Indian journal of veterinary science and animal husbandry - Volumes 18-21, 1948-1951
Year: 1948
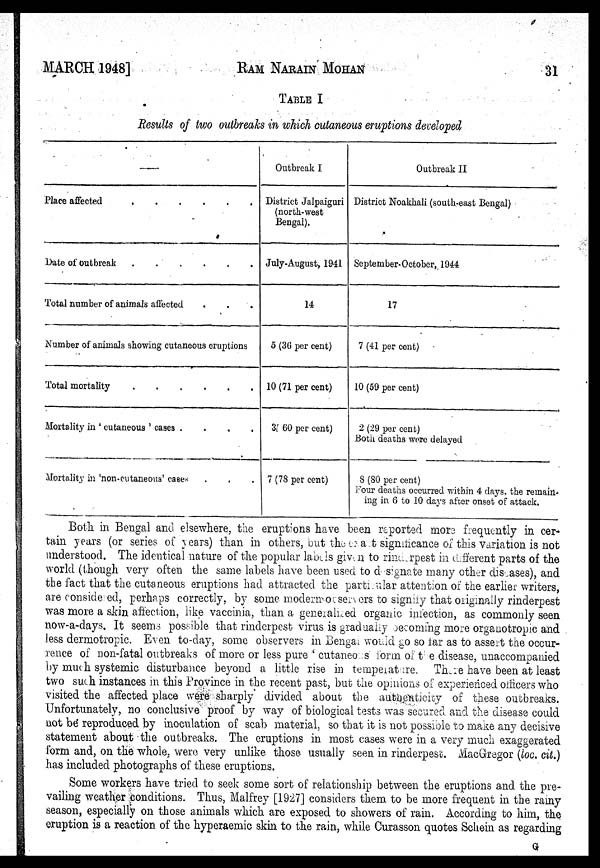
MARCH 1948]
RAM
NARAIN
MOHAN 31
TABLE I
Results of two outbreaks in which cutaneous eruptions developed
Place affected
.
.
.
.
.
.
Date of Outbreak
.
.
.
.
.
.
Total number of animals affected . . .
Number of animals showing cutaneous eruptions
Total mortality
.
.
.
.
.
.
Mortality in ' cutaneous ' cases
.
.
.
.
Mortality in 'non-cutaneous' cases . . .
Outbreak I
District Jalpaiguri
(north-west
Bengal).
July-August, 1941
14
5 (36 per cent)
10 (71 per cent)
3 (60 per cent)
7 (78 per cent)
Outbreak II
District Noakhali (south-east Bengal)
September-October, 1944
17
7 (41 per cent)
10 (59 per cent)
2 (29 per cent)
Both deaths were delayed
8 (80 per cent)
Four deaths occurred within 4 days, the remains
ing in 6 to 10 days after onset of attack.
Both in Bengal and elsewhere, the eruptions have been reported more frequently in cer-
tain years (or series of years) than in others, but the exact significance of this variation is not
understood. The identical nature of the popular labels given to rinderpest in different parts of the
world (though very often the same labels have been used to designate many other diseases), and
the fact that the cutaneous eruptions had attracted the particular attention of the earlier writers,
are considered, perhaps correctly, by some modern observers to signify that originally rinderpest
was more a skin affection, like vaccinia, than a generalized organic infection, as commonly seen
now-a-days. It seems possible that rinderpest virus is gradually becoming more organotropic and
less dermotropic. Even to-day, some observers in Bengal would go so far as to assert the occur-
rence of non-fatal outbreaks of more or less pure ' cutaneous form of the disease, unaccompanied
by much systemic disturbance beyond a little rise in temperature. There have been at least
two such instances in this Province in the recent past, but the opinions of experienced officers who
visited the affected place were sharply divided about the authenticity of these outbreaks.
Unfortunately, no conclusive proof by way of biological tests was secured and the disease could
not be reproduced by inoculation of scab material, so that it is not possible to make any decisive
statement about the outbreaks. The eruptions in most cases were in a very much exaggerated
form and, on the whole, were very unlike those usually seen in rinderpest. MacGregor (loc. cit.)
has included photographs of these eruptions.
Some workers have tried to seek some sort of relationship between the eruptions and the pre-
vailing weather conditions. Thus, Malfrey [1927] considers them to be more frequent in the rainy
season, especially on those animals which are exposed to showers of rain. According to him, the
eruption is a reaction of the hyperaemic skin to the rain, while Curasson quotes Schein as regarding
G